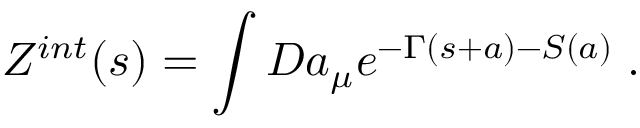
Z ^ { i n t } ( s ) = \int { \cal D } a _ { \mu } e ^ { - \Gamma ( s + a ) - S ( a ) } \; .